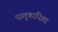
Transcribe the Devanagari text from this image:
धातुकारिता